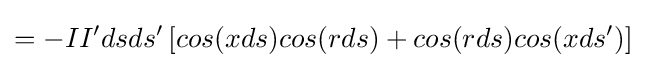
=-II'dsds'\left[cos(xds)cos(rds)+cos(rds)cos(xds')\right]